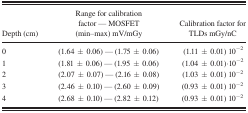
<table><thead><tr><td><b>Depth (cm)</b></td><td><b>Range for calibration factor — MOSFET (min–max) mV/mGy</b></td><td><b>Calibration factor for TLDs mGy/nC</b></td></tr></thead><tbody><tr><td>0</td><td>(1.64 ± 0.06) — (1.75 ± 0.06)</td><td>(1.11 ± 0.01) 10<sup>−2</sup></td></tr><tr><td>1</td><td>(1.81 ± 0.06) — (1.95 ± 0.06)</td><td>(1.04 ± 0.01)·10<sup>−2</sup></td></tr><tr><td>2</td><td>(2.07 ± 0.07) — (2.16 ± 0.08)</td><td>(1.03 ± 0.01) 10<sup>−2</sup></td></tr><tr><td>3</td><td>(2.46 ± 0.10) — (2.60 ± 0.09)</td><td>(0.93 ± 0.01) 10<sup>−2</sup></td></tr><tr><td>4</td><td>(2.68 ± 0.10) — (2.82 ± 0.12)</td><td>(0.93 ± 0.01) 10<sup>−2</sup></td></tr></tbody></table>